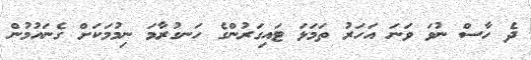
ދެ ހާސް ނުވަ ވަނަ އަހަރު ތަމަޅަ ޓައިގަރުންގެ ހަނގުރާމަ ނިމުމަކަށް ގެނައުމުން